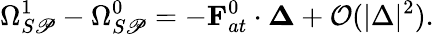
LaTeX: {\Omega}_{S\mathscr{P}}^{1}-{\Omega}_{S\mathscr{P}}^{0}=-{\mathbf{F}}_{at}^{0}\cdot{\mathbf{\Delta}}+\mathcal{{O}}(|\Delta|^{2}).